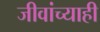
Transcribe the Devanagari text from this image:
जीवांच्याही